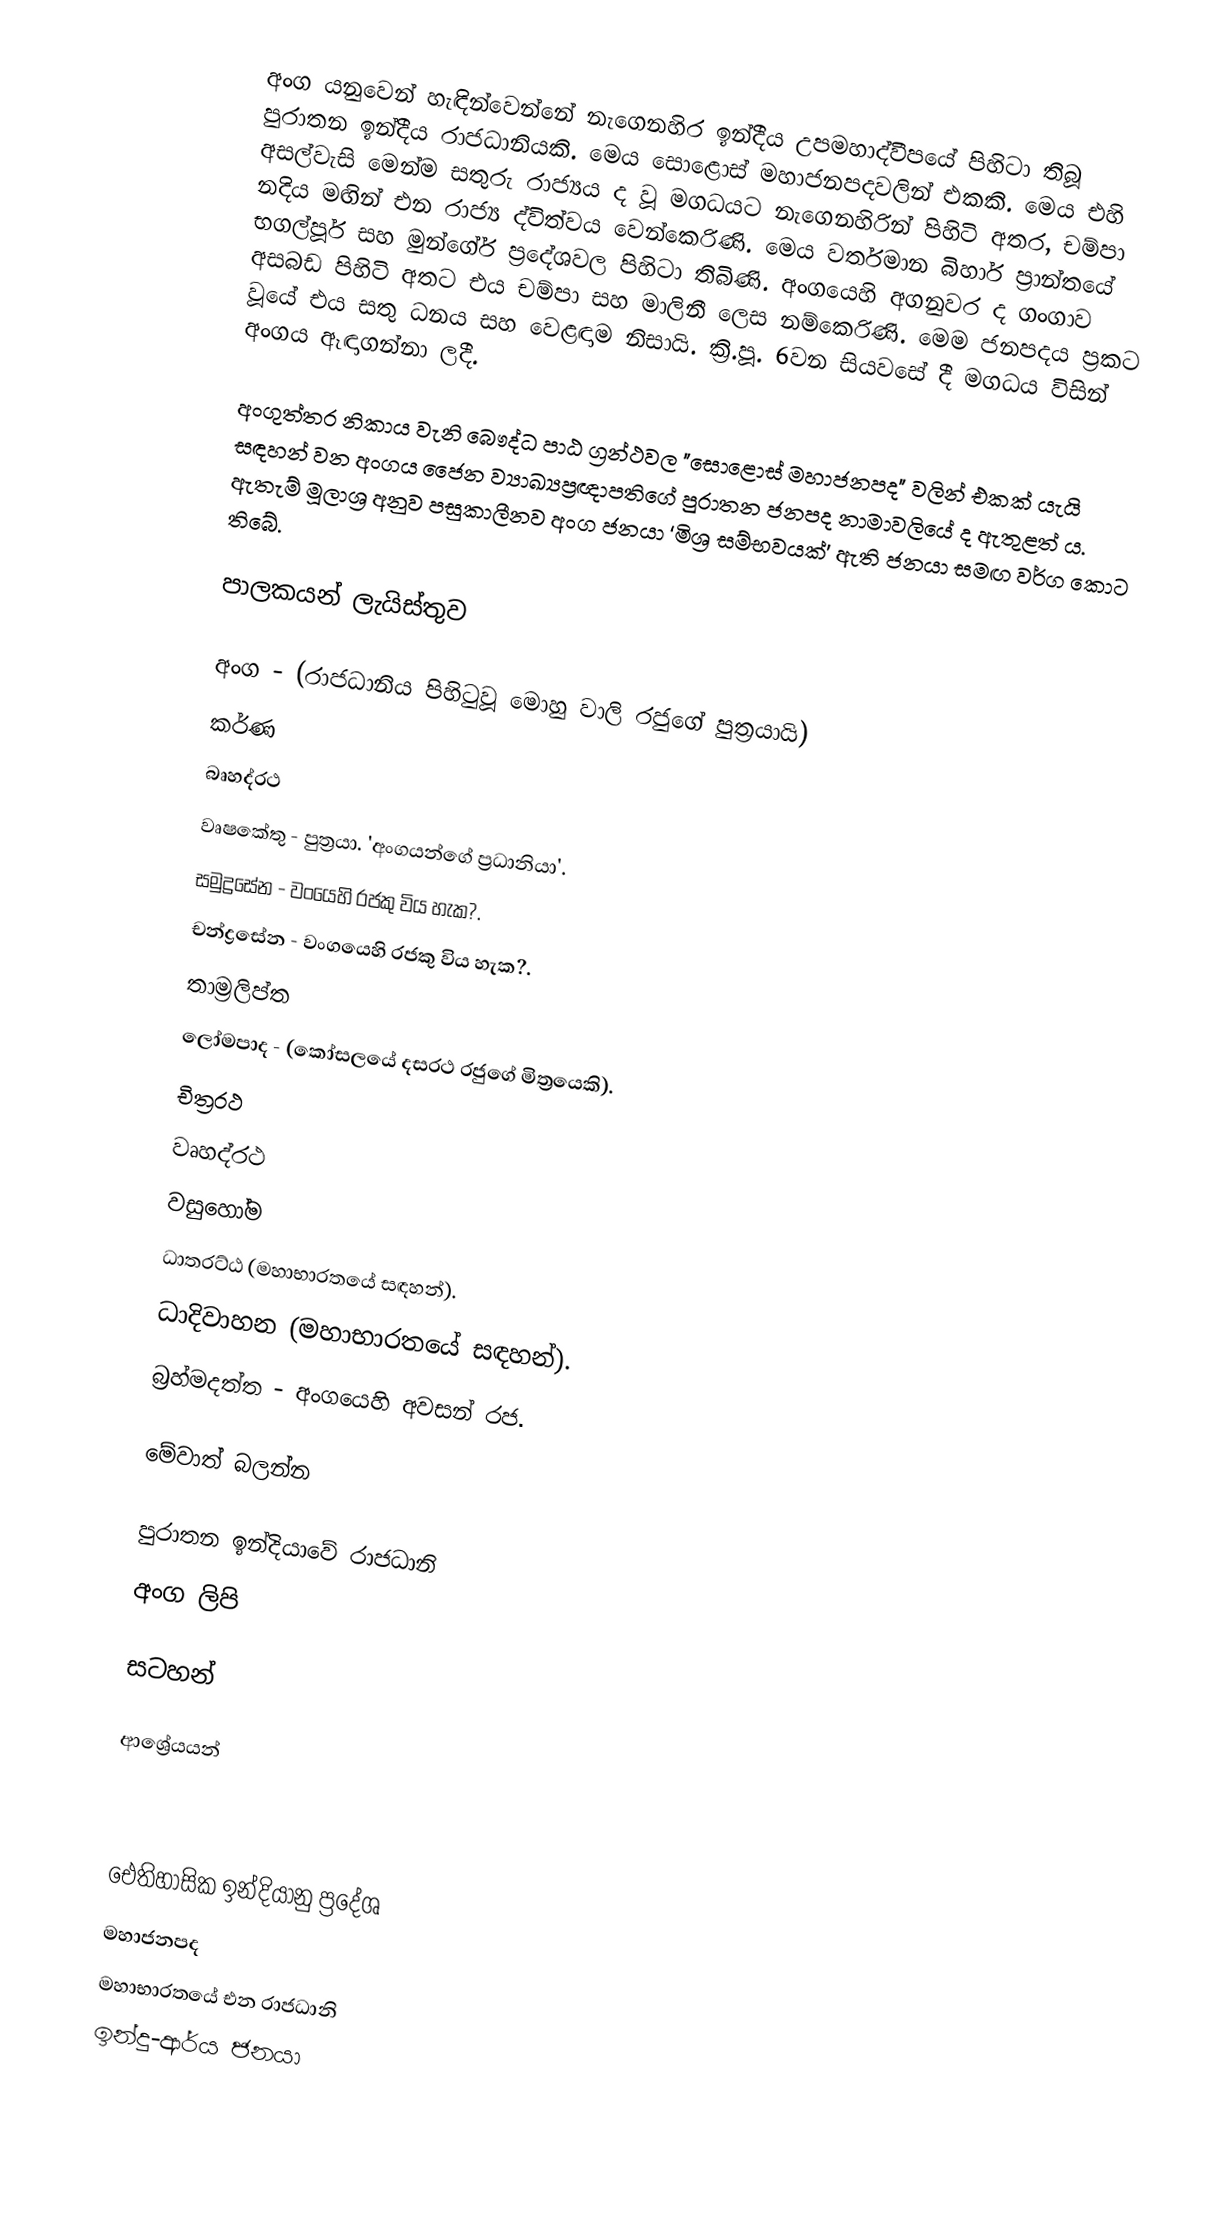
අංග යනුවෙන් හැඳින්වෙන්නේ නැගෙනහිර ඉන්දීය උපමහාද්වීපයේ පිහිටා තිබූ පුරාතන ඉන්දීය රාජධානියකි. මෙය සොළොස් මහාජනපදවලින් එකකි. මෙය එහි අසල්වැසි මෙන්ම සතුරු රාජ්‍යය ද වූ මගධයට නැගෙනහිරින් පිහිටි අතර, චම්පා නදිය මඟින් එන රාජ්‍ය ද්විත්වය වෙන්කෙරිණි. මෙය වර්තමාන බිහාර් ප්‍රාන්තයේ භගල්පූර් සහ මුන්ගේර් ප්‍රදේශවල පිහිටා තිබිණි. අංගයෙහි අගනුවර ද ගංගාව අසබඩ පිහිටි අතට එය චම්පා සහ මාලිනී ලෙස නම්කෙරිණි. මෙම ජනපදය ප්‍රකට වූයේ එය සතු ධනය සහ වෙළඳාම නිසායි. ක්‍රි.පූ. 6වන සියවසේ දී මගධය විසින් අංගය ඈඳාගන්නා ලදී.

අංගුත්තර නිකාය වැනි බෞද්ධ පාඨ ග්‍රන්ථවල "සොළොස් මහාජනපද" වලින් එකක් යැයි සඳහන් වන අංගය ජෛන ව්‍යාඛ්‍යප්‍රඥාපතිගේ පුරාතන ජනපද නාමාවලියේ ද ඇතුළත් ය. ඇතැම් මූලාශ්‍ර අනුව පසුකාලීනව අංග ජනයා ‘මිශ්‍ර සම්භවයක්’ ඇති ජනයා සමඟ වර්ග කොට තිබේ.

පාලකයන් ලැයිස්තුව

 අංග - (රාජධානිය පිහිටුවූ මොහු වාලි රජුගේ පුත්‍රයායි)
 කර්ණ
 බෘහද්රථ
 වෘෂකේතු - පුත්‍රයා. 'අංගයන්ගේ ප්‍රධානියා'.
 සමුද්‍රසේන - වංයෙහි රජකු විය හැක?.
 චන්ද්‍රසේන - වංගයෙහි රජකු විය හැක?.
 තාම්‍රලිප්ත
 ලෝමපාද - (කෝසලයේ දසරථ රජුගේ මිත්‍රයෙකි).
 චිත්‍රරථ
 වෘහද්රථ
 වසුහෝම
 ධාතරට්ඨ (මහාභාරතයේ සඳහන්).
 ධාදිවාහන (මහාභාරතයේ සඳහන්).
 බ්‍රහ්මදත්ත - අංගයෙහි අවසන් රජ.

මේවාත් බලන්න

 පුරාතන ඉන්දියාවේ රාජධානි
 අංග ලිපි

සටහන්

ආශ්‍රේයයන්

ඓතිහාසික ඉන්දියානු ප්‍රදේශ
මහාජනපද
මහාභාරතයේ එන රාජධානි
ඉන්දු-ආර්ය ජනයා